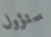
ستؤول